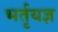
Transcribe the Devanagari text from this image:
भर्तृयज्ञ